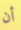
أن